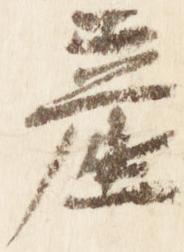
産